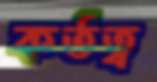
কর্তত্ব